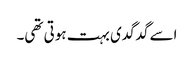
اسے گدگدی بہت ہوتی تھی۔